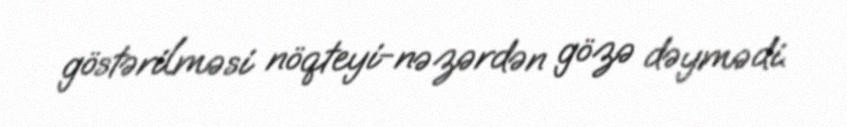
göstərilməsi nöqteyi-nəzərdən gözə dəymədi.